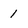
Character: 1